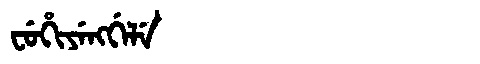
Manchu: ᠸᡠᡥᡳᠶᡝᠩᡤᡝᠯᡝ
Romanization: FUHIYENGGELE